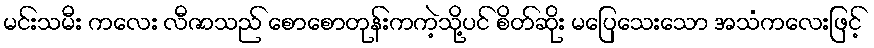
မင်းသမီး ကလေး လီဇာသည် စောစောတုန်းကကဲ့သို့ပင် စိတ်ဆိုး မပြေသေးသော အသံကလေးဖြင့်